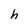
Character: h